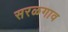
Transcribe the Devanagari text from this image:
सरळगाव